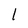
Character: l